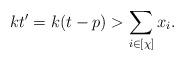
LaTeX: \begin{align*}kt'=k(t-p)>\sum_{i\in [\chi]}x_i.\end{align*}